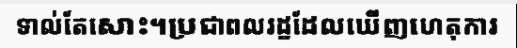
ទាល់តែសោះ។ប្រជាពលរដ្ឋដែលឃើញហេតុការ